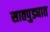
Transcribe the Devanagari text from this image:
सातपुड्यात